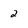
Character: 2